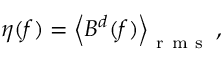
\begin{array} { r } { \eta ( f ) = \left< B ^ { d } ( f ) \right> _ { \mathrm { ~ r ~ m ~ s ~ } } , } \end{array}